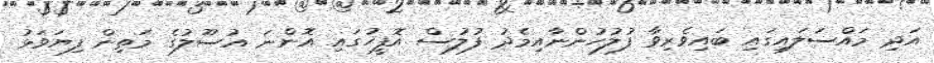
އަދި މައްސަލައިގައި ބައިވެރިވާ ފުލުހުންނާއިމެދު ފުލުސް އޮފީހުގައި އޮންނަ އުސޫލުގެ މަތިން ފިޔަވަޅު